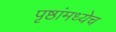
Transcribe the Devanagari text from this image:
पृष्ठांमध्येच